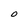
Character: O